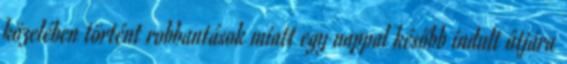
közelében történt robbantások miatt egy nappal később indult útjára